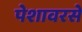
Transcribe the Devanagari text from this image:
पेशावरसे